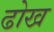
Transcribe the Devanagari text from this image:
ढोख